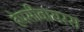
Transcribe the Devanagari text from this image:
हेपसीवायरस